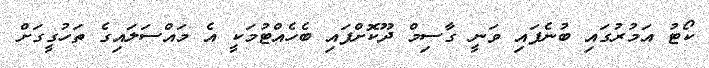
ކޯޓު އަމުރުގައި ބުނެފައި ވަނީ ގާސިމް ދޫކޮށްފައި ބެހެއްޓުމަކީ އެ މައްސަލައިގެ ތަހުގީގަށް